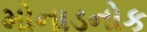
મોનાડનોક